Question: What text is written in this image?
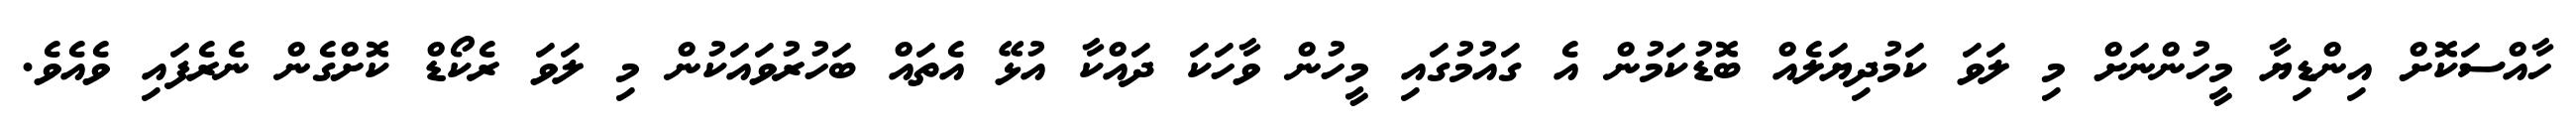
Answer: ހާއްސަކޮށް އިންޑިޔާ މީހުންނަށް މި ލަވަ ކަމުދިޔަލެއް ބޮޑުކަމުން އެ ގައުމުގައި މީހުން ވާހަކަ ދައްކާ އުޅޭ އެތައް ބަހުރުވައަކުން މި ލަވަ ރެކޯޑް ކޮށްގެން ނެރެފައި ވެއެވެ.